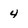
Character: 4